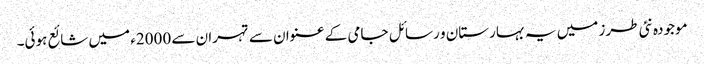
موجودہ نئی طرز میں یہ بہارستان و رسائل جامی کے عنوان سے تہران سے 2000ء میں شائع ہوئی۔